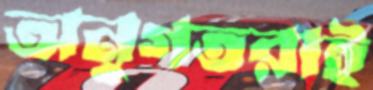
অনুগতরাই